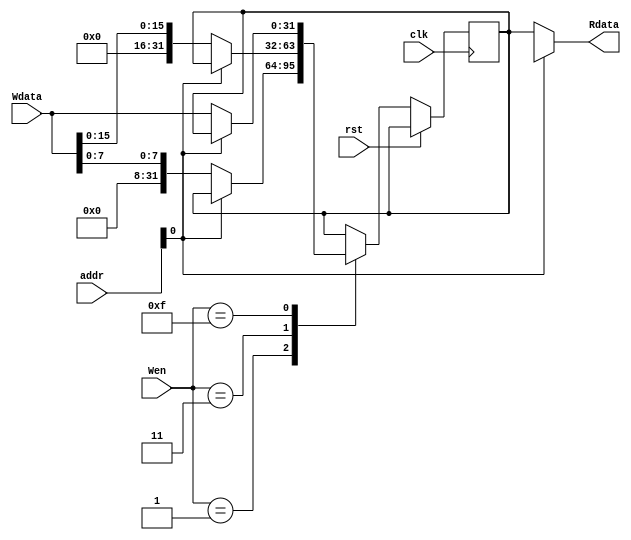
module DataMemory (
    //-------------------------------Input Ports------------------------------------//
    input    wire    [31:0]      Wdata,
    input    wire    [31:0]      addr,
    input    wire    [3:0]       Wen,
    input    wire                clk,
    input    wire                rst,    // Additional Signal for proper operation
    //-------------------------------Output Ports-----------------------------------//
    output   reg     [31:0]      Rdata
  );
  
 integer i;
  
// Memory Depth
localparam  Memory_Depth = 1 << 32;
  
// Memory 
reg    [31:0]  Memory  [0:Memory_Depth - 1];

// Asynchronous Read Data
  always @(*)
    begin
      Rdata = Memory[addr];
    end
    
// Synchronous Write and Active High Asynchronous Reset
always @(posedge clk or posedge rst)
  begin
    if (rst)
      begin
        for (i = 0; i < Memory_Depth; i = i + 1)
            begin
                Memory[i] <= 'b0;
            end
      end
    else 
      begin
        case (Wen)
          4'b0001 : Memory[addr] <= Wdata[7:0];
          4'b0011 : Memory[addr] <= Wdata[15:0];
          4'b1111 : Memory[addr] <= Wdata;
        endcase
      end 
  end
endmodule